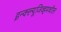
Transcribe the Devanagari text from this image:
इन्क्ल्यूजिव्हमधील